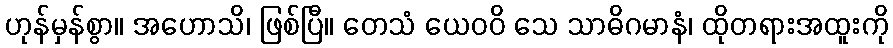
ဟုန်မှန်စွာ။ အဟောသိ၊ ဖြစ်ပြီ။ တေသံ ယေဝဝိ သေ သာဓိဂမာနံ၊ ထိုတရားအထူးကို